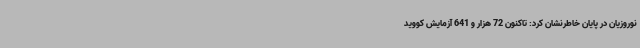
نوروزیان در پایان خاطرنشان کرد: تاکنون 72 هزار و 641 آزمایش کووید